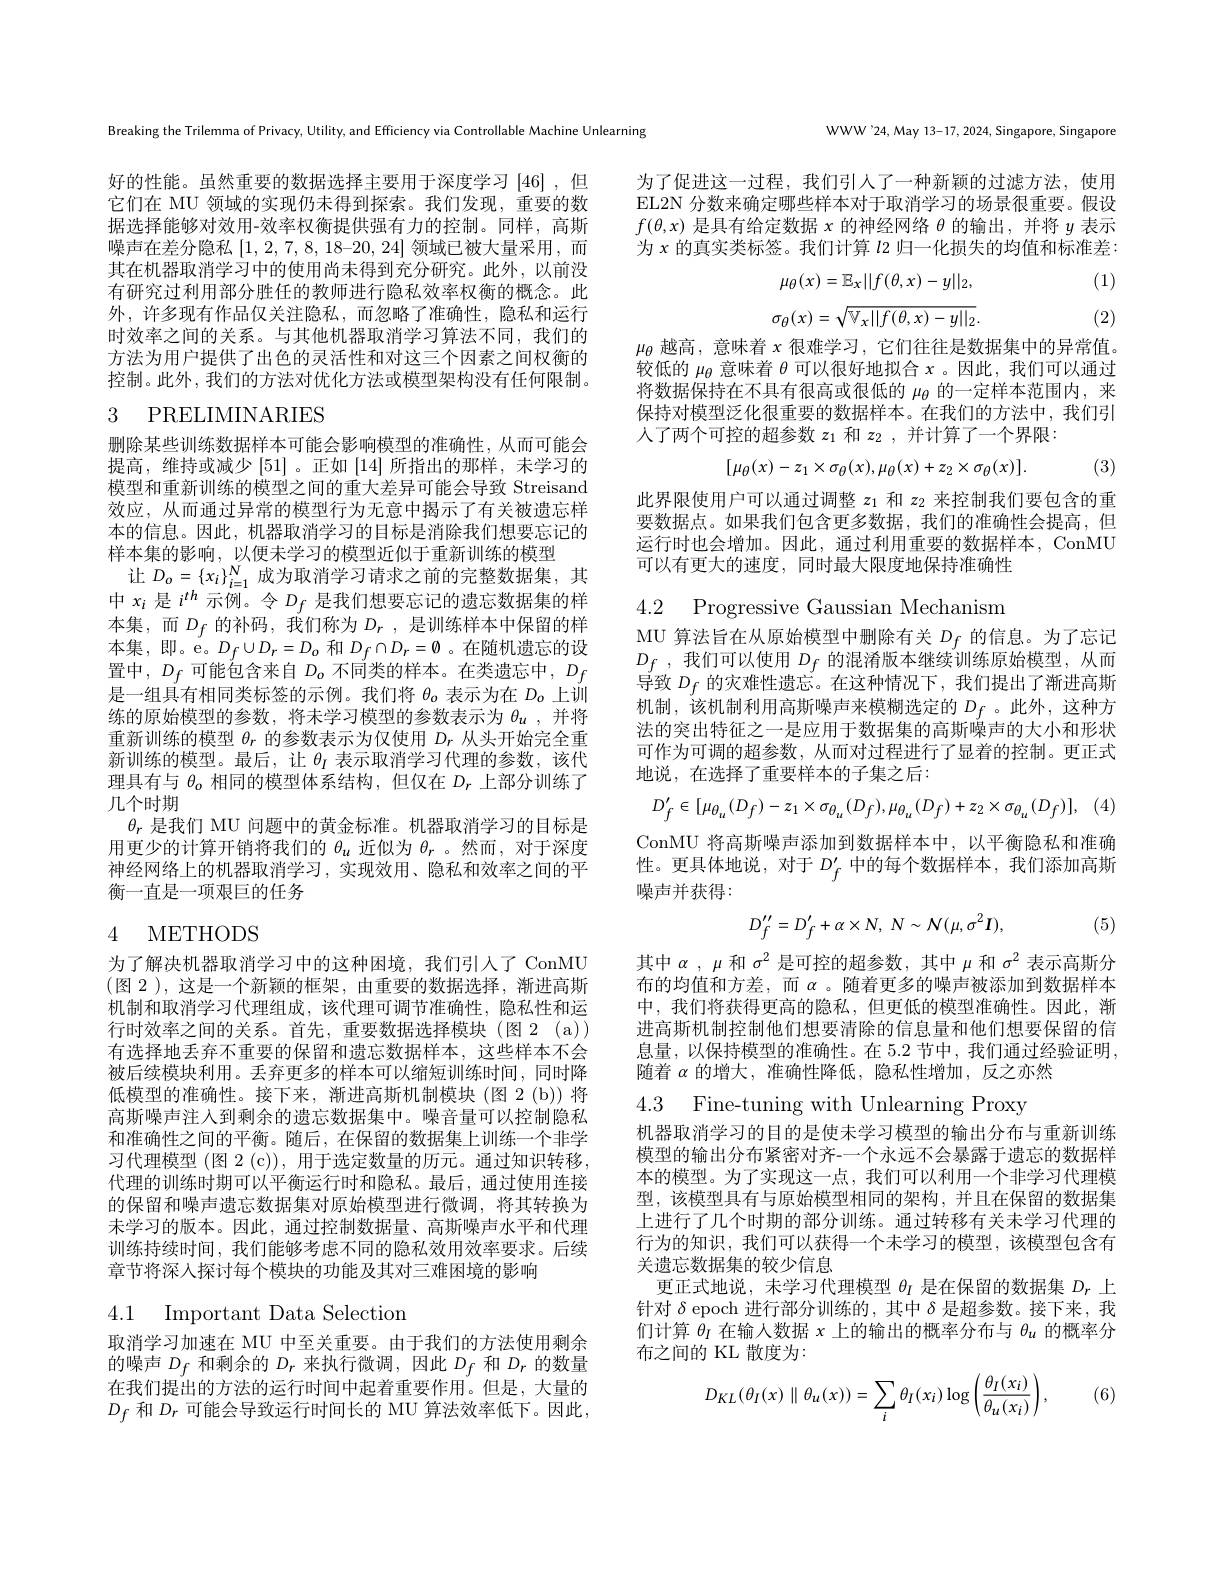
Breaking the Trilemma of Privacy, Utility, and Efficiency via Controllable Machine Unlearning

好的性能。虽然重要的数据选择主要用于深度学习[46] ,但它们在 MU 领域的实现仍未得到探索。我们发现，重要的数据选择能够对效用-效率权衡提供强有力的控制。同样，高斯噪声在差分隐私$[1,2,7,8,18–20,24]$领域已被大量采用，而其在机器取消学习中的使用尚未得到充分研究。此外，以前没有研究过利用部分胜任的教师进行隐私效率权衡的概念。此外，许多现有作品仅关注隐私，而忽略了准确性，隐私和运行时效率之间的关系。与其他机器取消学习算法不同，我们的方法为用户提供了出色的灵活性和对这三个因素之间权衡的控制。此外，我们的方法对优化方法或模型架构没有任何限制。

# 3 PRELIMINARIES

删除某些训练数据样本可能会影响模型的准确性，从而可能会提高，维持或减少[51]。正如[14]所指出的那样，未学习的模型和重新训练的模型之间的重大差异可能会导致 Streisand 效应，从而通过异常的模型行为无意中揭示了有关被遗忘样本的信息。因此，机器取消学习的目标是消除我们想要忘记的样本集的影响，以便未学习的模型近似于重新训练的模型
让$D_o=\{x_i\}_{i=1}^N$成为取消学习请求之前的完整数据集，其中$x_i$是$i^{th}$示例。令$D_f$是我们想要忘记的遗忘数据集的样本集，而$D_f$的补码，我们称为$D_r$,是训练样本中保留的样本集，即。e。$D_f\cup D_r=D_o$和$D_f\cap D_r=\emptyset$ 。在随机遗忘的设置中，$D_f$可能包含来自$D_o$ 不 同 类 的 样 本 。在 类 遗 忘 中 $, D_f$ 是一组具有相同类标签的示例。我们将$\theta_\mathrm{o}$表示为在$D_\mathrm{o}$上训练的原始模型的参数，将未学习模型的参数表示为$\theta_u$,并将重新训练的模型$\theta_r$的参数表示为仅使用$D_r$从头开始完全重新训练的模型。最后，让$\theta_I$表示取消学习代理的参数，该代理具有与$\theta_o$相同的模型体系结构，但仅在$D_r$上部分训练了几个时期
$\theta_r$是我们 MU 问题中的黄金标准。机器取消学习的目标是用更少的计算开销将我们的$\theta_u$近似为$\theta_r$ 。然而，对于深度神经网络上的机器取消学习，实现效用、隐私和效率之间的平衡一直是一项艰巨的任务

# 4 METHODS

为了解决机器取消学习中的这种困境，我们引人了 ConMU (图 2),这是一个新颖的框架，由重要的数据选择，渐进高斯机制和取消学习代理组成，该代理可调节准确性，隐私性和运行时效率之间的关系。首先，重要数据选择模块(图 2(a)) 有选择地丢弃不重要的保留和遗忘数据样本，这些样本不会被后续模块利用。丢弃更多的样本可以缩短训练时间，同时降低模型的准确性。接下来，渐进高斯机制模块 (图 2 (b)) 将高斯噪声注人到剩余的遗忘数据集中。噪音量可以控制隐私和准确性之间的平衡。随后，在保留的数据集上训练一个非学习代理模型 (图 2 (c)), 用于选定数量的历元。通过知识转移， 代理的训练时期可以平衡运行时和隐私。最后，通过使用连接的保留和噪声遗忘数据集对原始模型进行微调，将其转换为未学习的版本。因此，通过控制数据量、高斯噪声水平和代理训练持续时间，我们能够考虑不同的隐私效用效率要求。后续章节将深人探讨每个模块的功能及其对三难困境的影响

4.1 Important Data Selectior

取消学习加速在 MU 中至关重要。由于我们的方法使用剩余的噪声$D_f$和剩余的$D_r$来执行微调，因此$D_f$和$D_r$的数量在我们提出的方法的运行时间中起着重要作用。但是，大量的$D_f$和$D_r$可能会导致运行时间长的 MU 算法效率低下。因此，

WWW'24, May 13-17, 2024, Singapore, Singapore

为了促进这一过程，我们引人了一种新颖的过滤方法，使用EL2N 分数来确定哪些样本对于取消学习的场景很重要。假设$f(\theta,x)$是具有给定数据$x$的神经网络$\theta$的输出，并将$y$表示为$x$的真实类标签。我们计算$l$归一化损失的均值和标准差：

(1)
$$\mu_\theta(x)=\mathbb{E}_x||f(\theta,x)-y||_2,$$
$$\sigma_{\theta}(x)=\sqrt{\mathbb{V}_{x}||f(\theta,x)-y||_{2}}.$$
(2)

$\mu_{\theta}$越高，意味着$x$很难学习，它们往往是数据集中的异常值。较低的$\mu_{\theta}$意味着$\theta$可以很好地拟合$x$ 。因此，我们可以通过将数据保持在不具有很高或很低的$\mu_\mathrm{\theta}$的一定样本范围内，来保持对模型泛化很重要的数据样本。在我们的方法中，我们引人了两个可控的超参数$z_1$和$z_2$ ,并计算了一个界限：
$$[\mu_\theta(x)-z_1\times\sigma_\theta(x),\mu_\theta(x)+z_2\times\sigma_\theta(x)].$$
(3)

此界限使用户可以通过调整$z_1$和$z_2$来控制我们要包含的重要数据点。如果我们包含更多数据，我们的准确性会提高，但运行时也会增加。因此，通过利用重要的数据样本，ConMU 可以有更大的速度，同时最大限度地保持准确性

4.2 Progressive Gaussian Mechanism

MU 算法旨在从原始模型中删除有关$D_f$的信息。为了忘记$D_{f}$ ,我们可以使用 $D_f$ 的混淆版本继续训练原始模型，从而导致$D_f$的灾难性遗忘。在这种情况下，我们提出了渐进高斯机制，该机制利用高斯噪声来模糊选定的$D_f$ 。此外，这种方法的突出特征之一是应用于数据集的高斯噪声的大小和形状可作为可调的超参数，从而对过程进行了显着的控制。更正式地说，在选择了重要样本的子集之后：
$$D_{f}'\in[\mu_{\theta_{u}}(D_{f})-z_{1}\times\sigma_{\theta_{u}}(D_{f}),\mu_{\theta_{u}}(D_{f})+z_{2}\times\sigma_{\theta_{u}}(D_{f})],$$
ConMU 将高斯噪声添加到数据样本中，以平衡隐私和准确性。更具体地说，对于$D_f^{\prime}$中的每个数据样本，我们添加高斯噪声并获得：
$$D_{f}^{\prime\prime}=D_{f}^{\prime}+\alpha\times N,\:N\sim\mathcal{N}(\mu,\sigma^{2}I),$$
(5)

其中$\alpha,\mu$和$\sigma^2$是可控的超参数，其中$\mu$和$\sigma^2$表示高斯分布的均值和方差，而$\alpha$ 。随着更多的噪声被添加到数据样本中，我们将获得更高的隐私，但更低的模型准确性。因此，渐进高斯机制控制他们想要清除的信息量和他们想要保留的信息量，以保持模型的准确性。在 5.2 节中，我们通过经验证明， 随着$\alpha$的增大，准确性降低，隐私性增加，反之亦然

4.3 Fine-tuning with Unlearning Proxy

机器取消学习的目的是使未学习模型的输出分布与重新训练模型的输出分布紧密对齐-一个永远不会暴露于遗忘的数据样本的模型。为了实现这一点，我们可以利用一个非学习代理模型，该模型具有与原始模型相同的架构，并且在保留的数据集上进行了几个时期的部分训练。通过转移有关未学习代理的行为的知识，我们可以获得一个未学习的模型，该模型包含有关遗忘数据集的较少信息
更正式地说，未学习代理模型$\theta_I$是在保留的数据集$D_r$上针对$\delta$ epoch 进行部分训练的，其中$\delta$是超参数。接下来，我们计算$\theta_I$在输人数据$x$上的输出的概率分布与$\theta_u$的概率分布之间的 KL 散度为：
$$D_{KL}(\theta_I(x)\parallel\theta_u(x))=\sum_i\theta_I(x_i)\log\left(\frac{\theta_I(x_i)}{\theta_u(x_i)}\right),$$
(6)